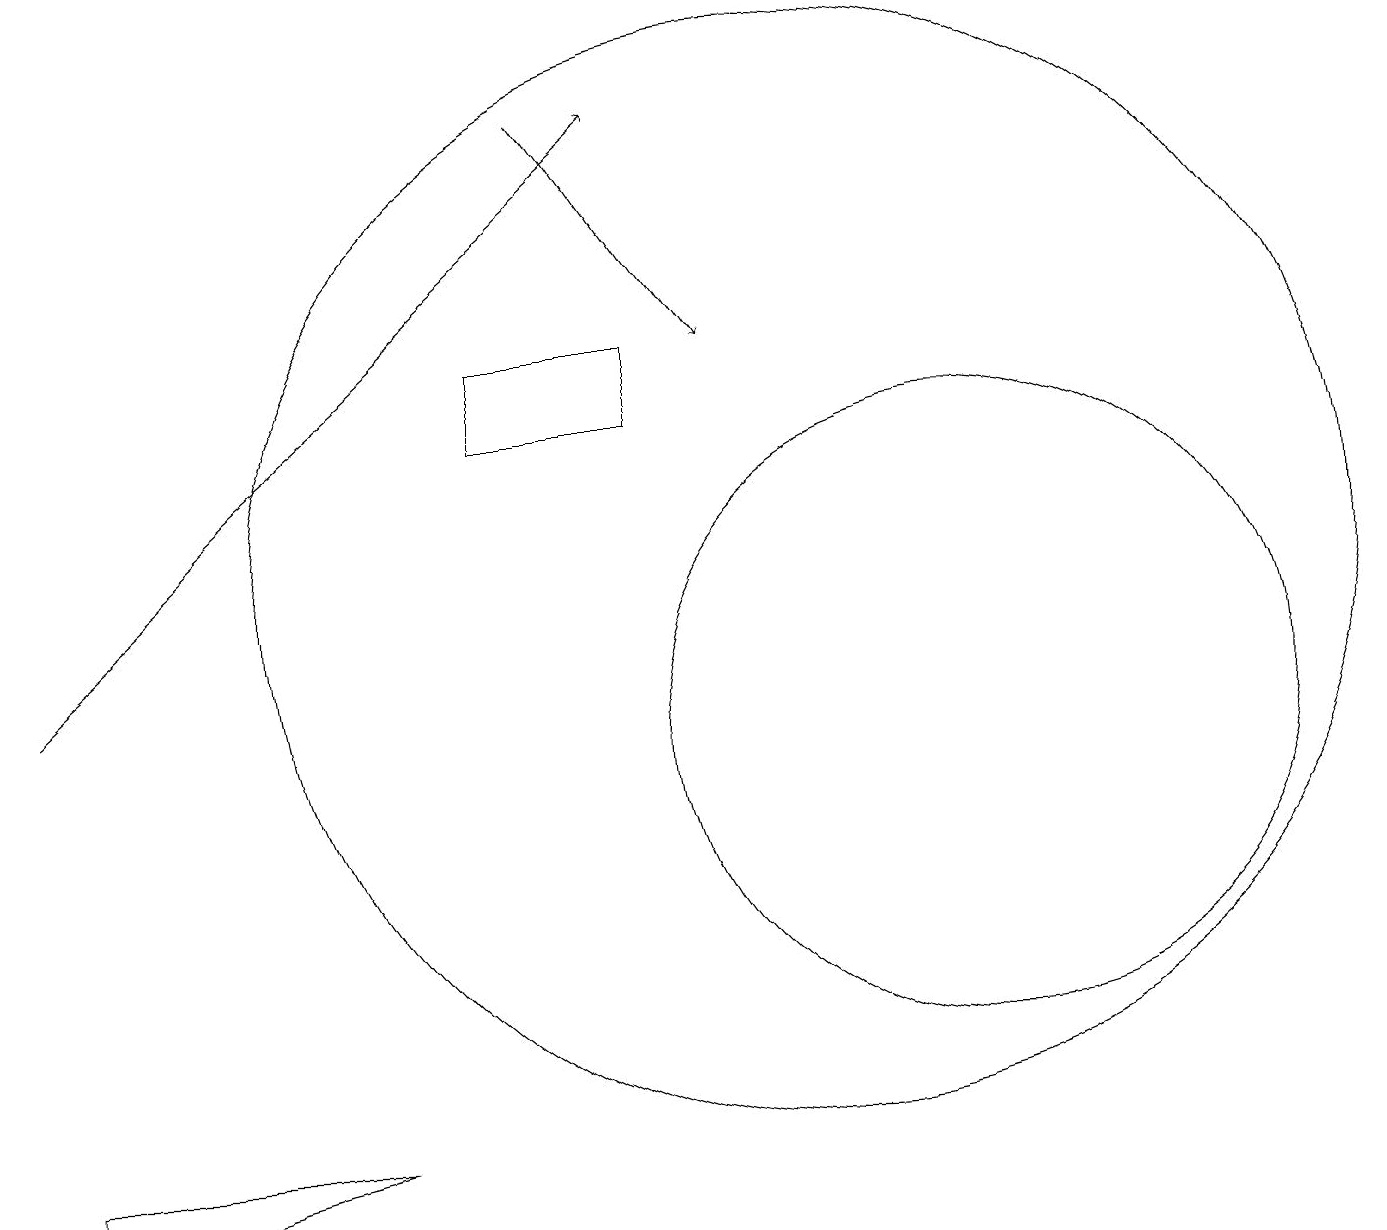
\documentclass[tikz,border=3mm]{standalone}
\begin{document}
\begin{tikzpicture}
\draw (0,4) -- (4,5) -- (0,5) -- cycle;
\draw (12,10) circle (4);
\draw (6,15) rectangle (8,14);
\draw[->] (7,18) -- (9,15);
\draw (10,12) circle (7);
\draw[->] (0,11) -- (8,18);
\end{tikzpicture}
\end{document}